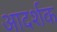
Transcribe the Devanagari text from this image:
आदर्शक